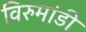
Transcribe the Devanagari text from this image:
विरुमांडी